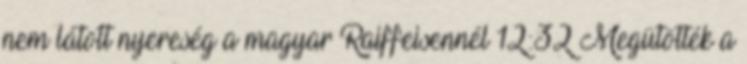
nem látott nyereség a magyar Raiffeisennél 12:32 Megütötték a